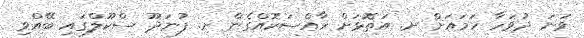
ވަނަ ދުވަހާ ހަމައަށް ށ. އަތޮޅަށް ޚާއްސަކޮއްގެން ށ. ފުނަދޫ ސްކޫލްގައި ބޭއްވި